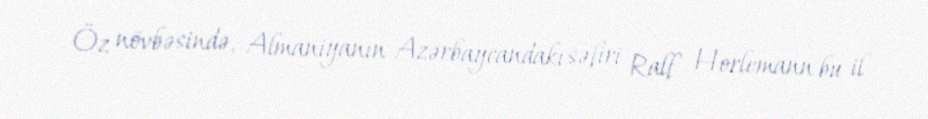
Öz növbəsində, Almaniyanın Azərbaycandakı səfiri Ralf Horlemann bu il